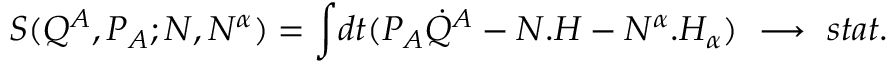
S ( Q ^ { A } , P _ { A } ; N , N ^ { \alpha } ) = { \int } d t ( P _ { A } { \dot { Q } } ^ { A } - N . H - N ^ { \alpha } . H _ { \alpha } ) \ \longrightarrow \ s t a t .